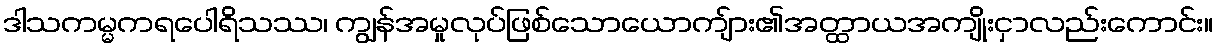
ဒါသကမ္မကရပေါရိသဿ၊ ကျွန်အမှုလုပ်ဖြစ်သောယောကျ်ား၏အတ္ထာယအကျိုးငှာလည်းကောင်း။